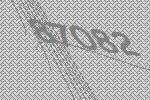
87082